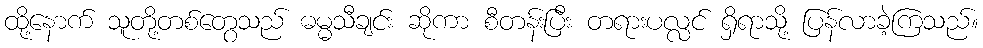
ထို့နောက် သူတို့တစ်တွေသည် ဓမ္မသီချင်း ဆိုကာ စီတန်းပြီး တရားပလ္လင် ရှိရာသို့ ပြန်လာခဲ့ကြသည်။